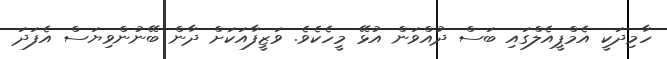
ހާމިދަކީ އެމްޕީއެލްގައި ބަސް ދުއްވަން އުޅޭ މީހެކެވެ. ވަޒީފާއަކަށް ދާން ބޭނުންވިޔަސް އެފަދަ